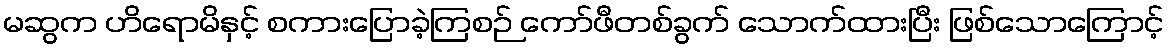
မဆွက ဟိရောမိနှင့် စကားပြောခဲ့ကြစဉ် ကော်ဖီတစ်ခွက် သောက်ထားပြီး ဖြစ်သောကြောင့်